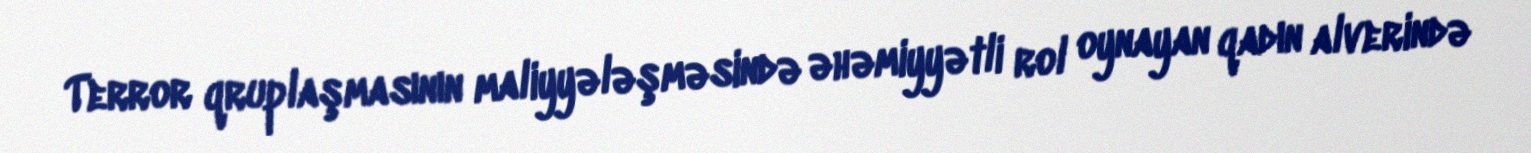
Terror qruplaşmasının maliyyələşməsində əhəmiyyətli rol oynayan qadın alverində